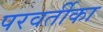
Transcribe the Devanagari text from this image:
परवर्तीका